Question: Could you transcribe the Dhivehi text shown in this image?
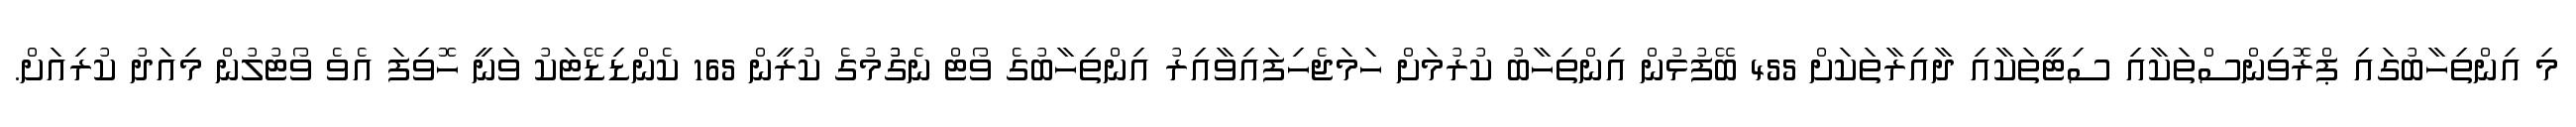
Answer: މި އިންތިހާބުގައި ޕްރޮވިންސްތަކާއި ސިޓީތަކާއި ދާއިރާތަކަށް 455 ބޭފުޅުން އިންތިހާބު ކުރުމަށް ހަމަޖެހިފައިވާއިރު އިންތިހާބުގެ ވޯޓް ނެގުުމުގެ ކުރީން 165 ކެންޑިޑޭޓަކު ވަނީ ހޮވިފަ އެވެ ވޯޓުލުން މިއަދު ކުރިއަށް.